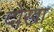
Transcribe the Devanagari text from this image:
दोखा